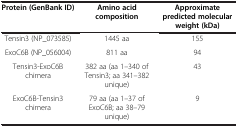
| Protein (GenBank ID) | Amino acid composition | Approximate predicted molecular weight (kDa) |
 | --- | --- | --- |
 | Tensin3 (NP_073585) | 1445 aa | 155 |
 | ExoC6B (NP_056004) | 811 aa | 94 |
 | Tensin3-ExoC6B chimera | 382 aa (aa 1–340 of Tensin3; aa 341–382 unique) | 43 |
 | ExoC6B-Tensin3 chimera | 79 aa (aa 1–37 of ExoC6B; aa 38–79 unique) | 9 |